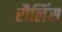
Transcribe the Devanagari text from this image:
रौलिंस